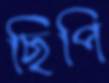
ছিপি